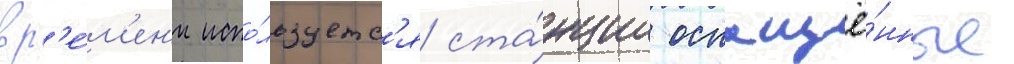
вр'е́м'ен'и испо́льзуетс'я ста́нции оснащё́нные